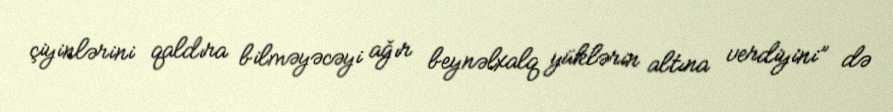
çiyinlərini qaldıra bilməyəcəyi ağır beynəlxalq yüklərin altına verdiyini” də